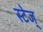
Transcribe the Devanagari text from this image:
स्टेज्